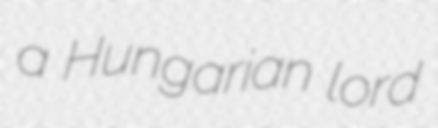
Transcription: a Hungarian lord